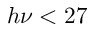
h \nu < 2 7